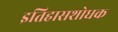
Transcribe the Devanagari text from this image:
इतिहासशोधक